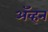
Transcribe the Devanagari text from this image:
अॅव्हन